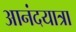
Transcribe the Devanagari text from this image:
आनंदयात्रा